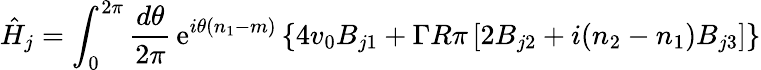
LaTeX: \hat{H}_{j}=\int_{0}^{2\pi}{\frac{d\theta}{2\pi}}\, \mathrm{e}^{i\theta(n_{1}-m)}\left\{ 4v_{0}B_{j1}+\Gamma R\pi\left[2B_{j2}+i(n_{2}-n_{1})B_{j3}\right]\right\}